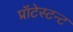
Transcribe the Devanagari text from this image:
प्रॉटेस्टन्ट